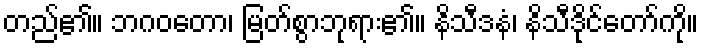
တည်၏။ ဘဂဝတော၊ မြတ်စွာဘုရား၏။ နိသီဒနံ၊ နိသီဒိုင်တော်ကို။